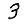
Digit: 3